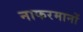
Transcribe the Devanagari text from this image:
नाफरमानों